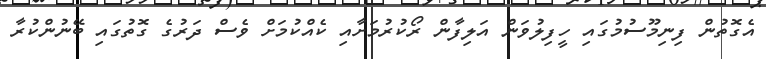
އެގޮތުން ފިނިމޫސުމުގައި ހީފިލުވަން އަލިފާން ރޯކުރުމަށާއި ކެއްކުމަށް ވެސް ދަރުގެ ގޮތުގައި ބޭނުންކުރާ